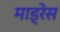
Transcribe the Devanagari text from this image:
माड्रेस